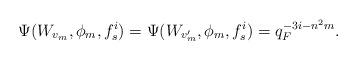
LaTeX: \begin{align*}\Psi(W_{v_m},\phi_m,f_s^i)=\Psi(W_{v_m'}, \phi_m, f_s^i)=q_F^{-3i-n^2m}.\end{align*}